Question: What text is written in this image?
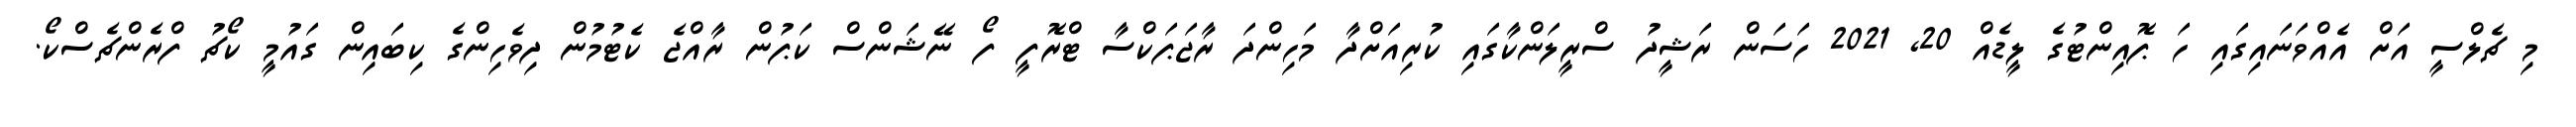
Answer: މި ޗެލްސީ އަށް އެއްވަނައިގައި ހަ ޕޮއިންޓުގެ ލީޑެއް 20, 2021 ހަސަން ރަޝީދު ސްރީލަންކާގައި ކުރިއަށްދާ މަހިންދަ ރާޖަޕަކްސާ ޓްރޮފީ ފޯ ނޭޝަންސް ކަޕުން ރާއްޖެ ކެޓުމުން ދިވެހިންގެ ކިބައިން ގައުމީ ކޯޗު ފްރެންޗެސްކޯ.